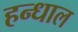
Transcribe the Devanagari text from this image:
हन्धाल